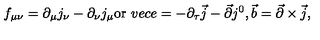
f _ { \mu \nu } = \partial _ { \mu } j _ { \nu } - \partial _ { \nu } j _ { \mu } \mathrm { o r } \ v e c { e } = - \partial _ { \tau } \vec { j } - \vec { \partial } j ^ { 0 } , \vec { b } = \vec { \partial } \times \vec { j } ,